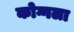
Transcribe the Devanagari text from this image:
कोग्गला